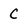
Character: c